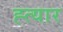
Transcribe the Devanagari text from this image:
ह्त्यार